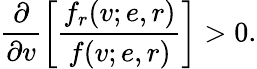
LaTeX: \frac{\partial}{\partial v}\left[\frac{f_{r}(v;e,r)}{f(v;e,r)}\right]>0.